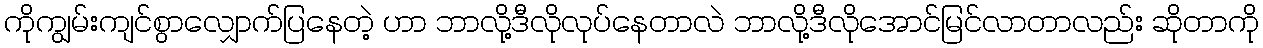
ကိုကျွမ်းကျင်စွာလျှောက်ပြနေတဲ့ ဟာ ဘာလို့ဒီလိုလုပ်နေတာလဲ ဘာလို့ဒီလိုအောင်မြင်လာတာလည်း ဆိုတာကို